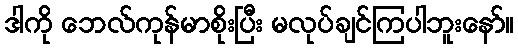
ဒါကို ဘေလ်ကုန်မာစိုးပြီး မလုပ်ချင်ကြပါဘူးနော်။